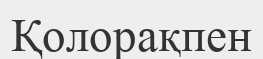
Қолорақпен